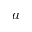
a